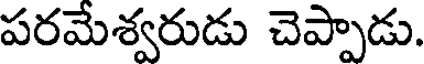
పరమేశ్వరుడు చెప్పాడు.